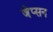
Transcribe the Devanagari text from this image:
जेप्सन